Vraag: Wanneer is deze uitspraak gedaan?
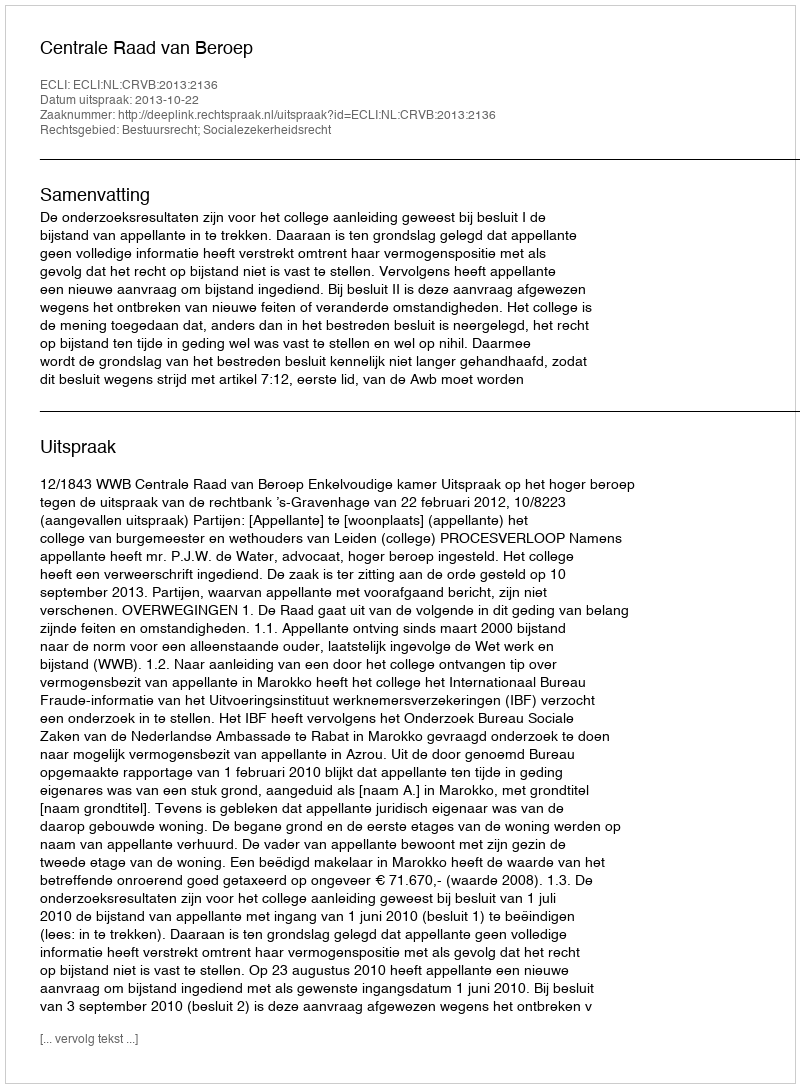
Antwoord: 2013-10-22